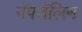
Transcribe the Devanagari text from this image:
नॅफ्तॅलिन